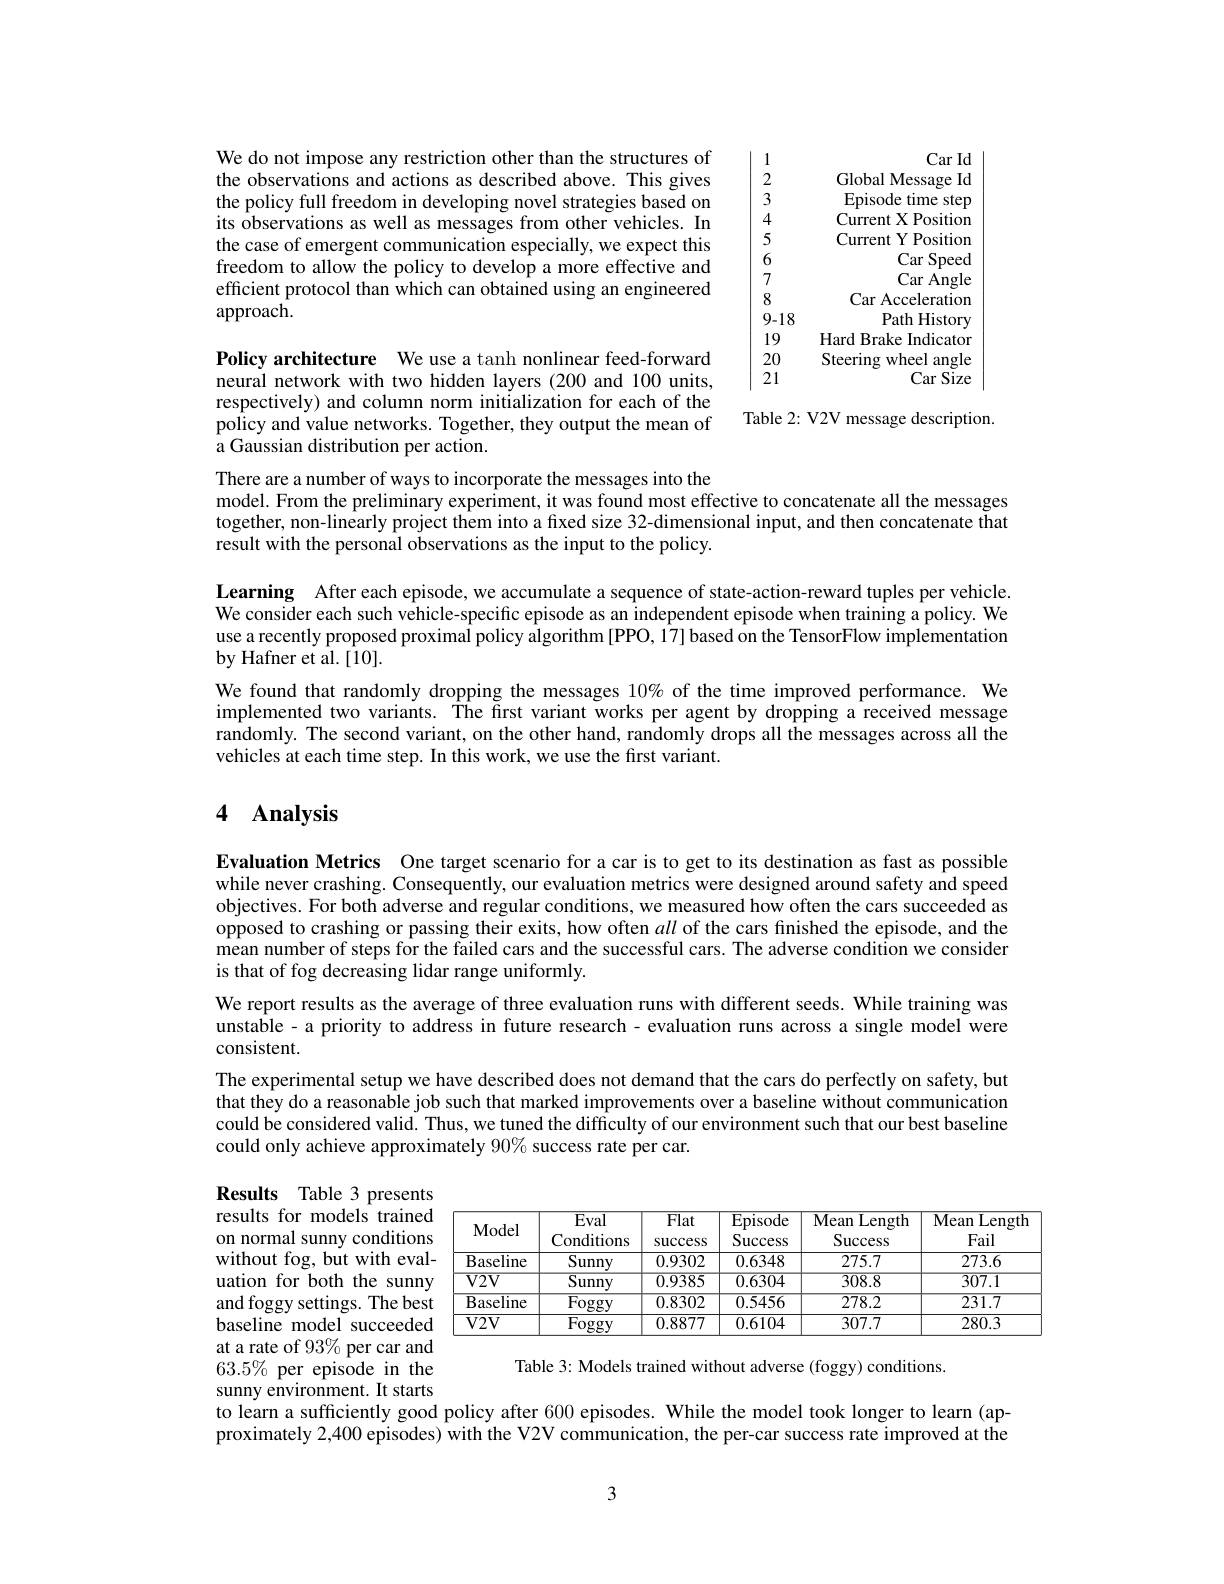
We do not impose any restriction other than the structures of the observations and actions as described above. This gives the policy full freedom in developing novel strategies based on its observations as well as messages from other vehicles. In the case of emergent communication especially, we expect this freedom to allow the policy to develop a more effective and efficient protocol than which can obtained using an engineered approach.

1
Car Id
2
Global Message Id
3
Episode time step
4
Current X Position
5
Current Y Position
6
Car Speed
7
Car Angle
8
Car Acceleration
9-18
Path History
19
Hard Brake Indicator
$\ddot{20}$
Steering wheel angle
21
Car Size

Policy architecture We use a tanh nonlinear feed-forward neural network with two hidden layers (200 and 100 units, respectively) and column norm initialization for each of the policy and value networks. Together, they output the mean of a Gaussian distribution per action.

Table 2: V2V message description.

There are a number of ways to incorporate the messages into the
model. From the preliminary experiment, it was found most effective to concatenate all the messages together, non-linearly project them into a fixed size 32-dimensional input, and then concatenate that result with the personal observations as the input to the policy.

Learning After each episode, we accumulate a sequence of state-action-reward tuples per vehicle. We consider each such vehicle-specific episode as an independent episode when training a policy. We use a recently proposed proximal policy algorithm [PPO, 17] based on the TensorFlow implementation by Hafner et al.[10].
We found that randomly dropping the messages $10\%$ of the time improved performance. We implemented two variants. The first variant works per agent by dropping a received message randomly. The second variant, on the other hand, randomly drops all the messages across all the vehicles at each time step. In this work, we use the first variant.

# 4 Analysis

Evaluation Metrics One target scenario for a car is to get to its destination as fast as possible while never crashing. Consequently, our evaluation metrics were designed around safety and speed objectives. For both adverse and regular conditions, we measured how often the cars succeeded as opposed to crashing or passing their exits, how often all of the cars finished the episode, and the mean number of steps for the failed cars and the successful cars. The adverse condition we consider is that of fog decreasing lidar range uniformly.
We report results as the average of three evaluation runs with different seeds. While training was unstable - a priority to address in future research - evaluation runs across a single model were consistent.
The experimental setup we have described does not demand that the cars do perfectly on safety, but that they do a reasonable job such that marked improvements over a baseline without communication could be considered valid. Thus, we tuned the difficulty of our environment such that our best baseline could only achieve approximately $90\%$ success rate per car.

<table>
	<tbody>
		<tr>
			<th>Model</th>
			<th>Eval Conditions</th>
			<th>$\overline{\mathrm{Flat}}$ Success</th>
			<th>${\overline{{\mathrm{Episode}}}}$ Success</th>
			<th>Mean ${\mathbf{n}}$Length Success</th>
			<th>Mean $\overline{\mathrm{Length}}$ Fail</th>
		</tr>
		<tr>
			<td>$\overline{{\mathrm{Baseline}}}$</td>
			<td>Sunny</td>
			<td>0.9302</td>
			<td>0.6348</td>
			<td>275.7</td>
			<td>273.6</td>
		</tr>
		<tr>
			<td>$\overline{V2V}$</td>
			<td>$\overline{\text{Sunny}}$</td>
			<td>0.9385</td>
			<td>0.6304</td>
			<td>308.8</td>
			<td>307.1</td>
		</tr>
		<tr>
			<td>$\overline{{\mathrm{Baseline}}}$</td>
			<td>$\overline{\mathrm{Foggy}}$</td>
			<td>0.8302</td>
			<td>$\overline{0.5456}$</td>
			<td>278.2</td>
			<td>231.7</td>
		</tr>
		<tr>
			<td>$V2V$</td>
			<td>Foggy</td>
			<td>0.8877</td>
			<td>0.6104</td>
			<td>307.7</td>
			<td>280.3</td>
		</tr>
	</tbody>
</table>

Results Table 3 presents results for models trained on normal sunny conditions without fog, but with evaluation for both the sunny and foggy settings. The best baseline model succeeded at a rate of 93% per car and $63.5\%$ per episode in the sunny environment. It starts

Table 3: Models trained without adverse (foggy) conditions.

to learn a sufficiently good policy after 600 episodes. While the model took longer to learn (approximately 2,400 episodes) with the V2V communication, the per-car success rate improved at the

3